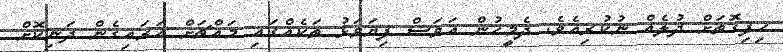
ހިފިގޮތަށް ދުލެއް ނުކުރިއެވެ. ދެމީހުން އަވަސް ފިޔަވަޅު ތަކެއްގައި މައްޗަށް އަރައިގެން ދަނިކޮށް